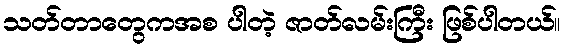
သတ်တာတွေကအစ ပါတဲ့ ဇာတ်လမ်းကြီး ဖြစ်ပါတယ်။